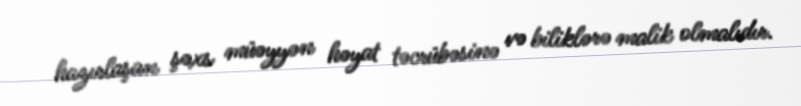
hazırlaşan şəxs müəyyən həyat təcrübəsinə və biliklərə malik olmalıdır.